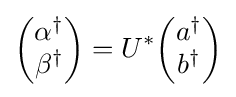
{\begin{pmatrix}\alpha ^{\dagger }\\\beta ^{\dagger }\end{pmatrix}}=U^{*}{\begin{pmatrix}a^{\dagger }\\b^{\dagger }\end{pmatrix}}